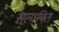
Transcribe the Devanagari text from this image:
सत्यपित